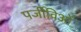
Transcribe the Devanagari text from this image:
पर्जीविओं